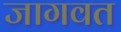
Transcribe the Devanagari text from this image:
जागवत